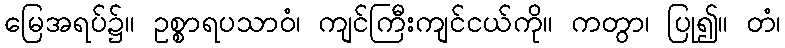
မြေအရပ်၌။ ဥစ္စာရပသာဝံ၊ ကျင်ကြီးကျင်ငယ်ကို။ ကတွာ၊ ပြု၍။ တံ၊